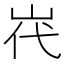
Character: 𮱧